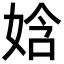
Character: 娢